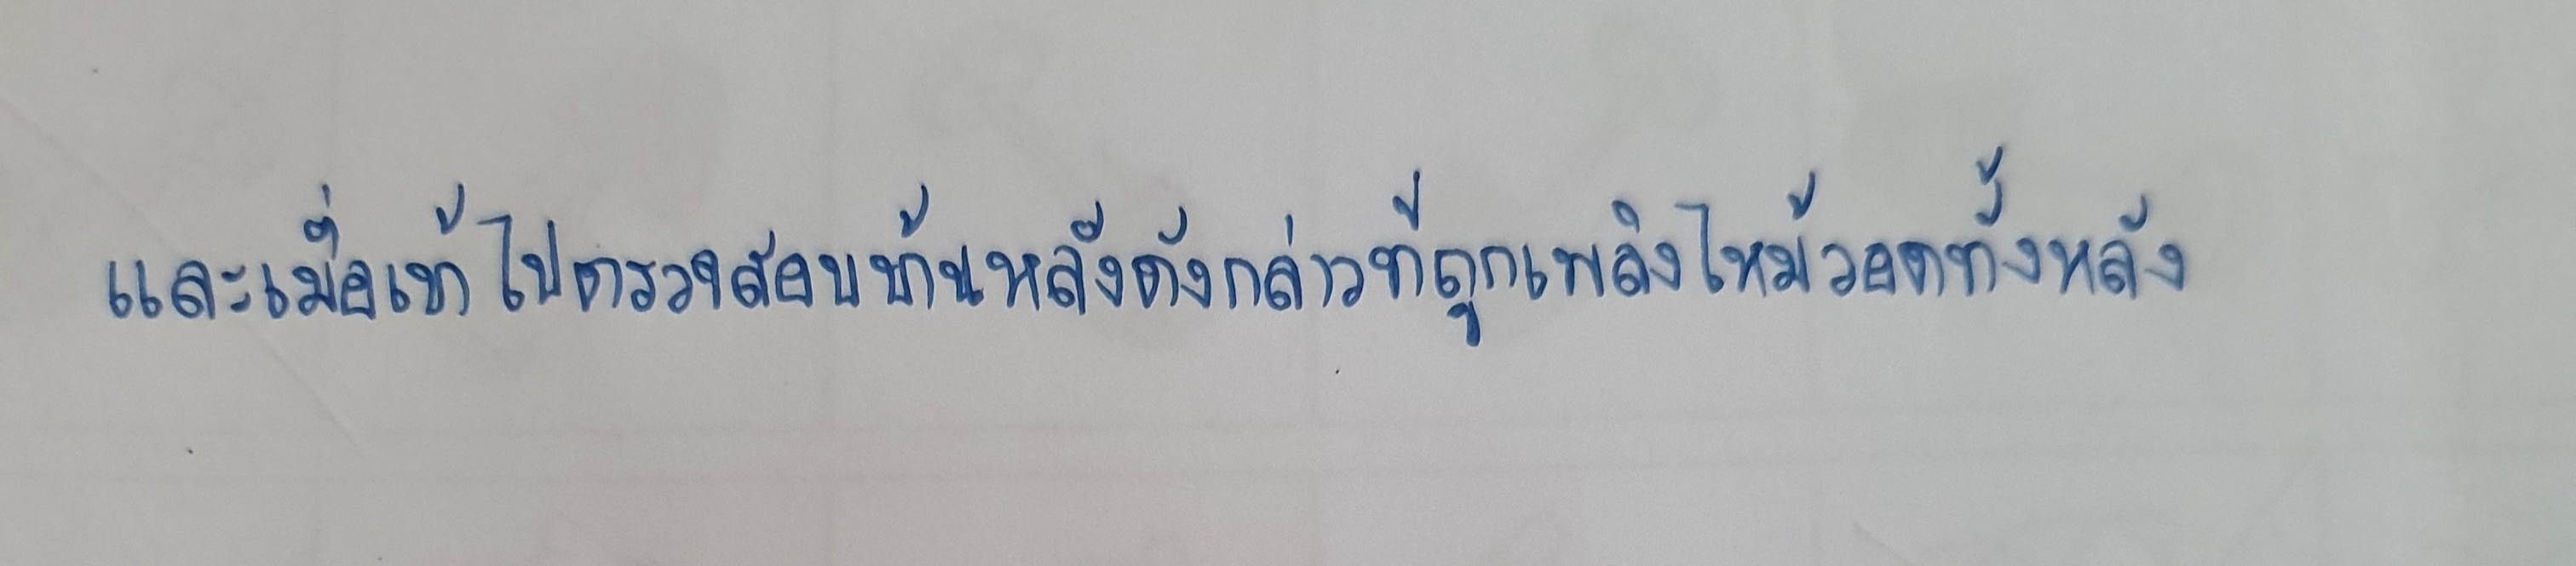
และเมื่อเข้าไปตรวจสอบบ้านหลังดังกล่าวที่ถูกเพลิงไหม้วอดทั้งหลัง